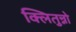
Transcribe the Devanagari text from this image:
क्लितुन्नो